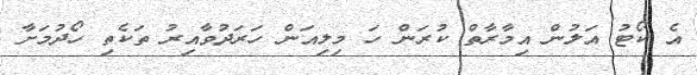
އެ ކޯޓު އަލުން އިމާރާތް ކުރަން ހަ މިލިއަން ހަރަދުވާއިރު ތަކެތި ހޯދުމަށާ